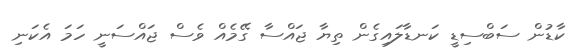
ކާޑުން ސަބްސިޑީ ކަނޑާލައިގެން ތިޔާ ޖައްސާ ގޭމެއް ވެސް ޖައްސަނީ ހަމަ އެކަނި